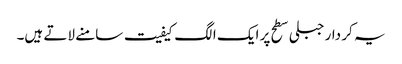
یہ کر دار جبلی سطح پر ایک الگ کیفیت سامنے لاتے ہیں۔